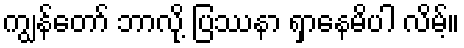
ကျွန်တော် ဘာလို့ ပြဿနာ ရှာနေမိပါ လိမ့်။